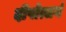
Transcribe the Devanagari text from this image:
दीपोत्सर्ग